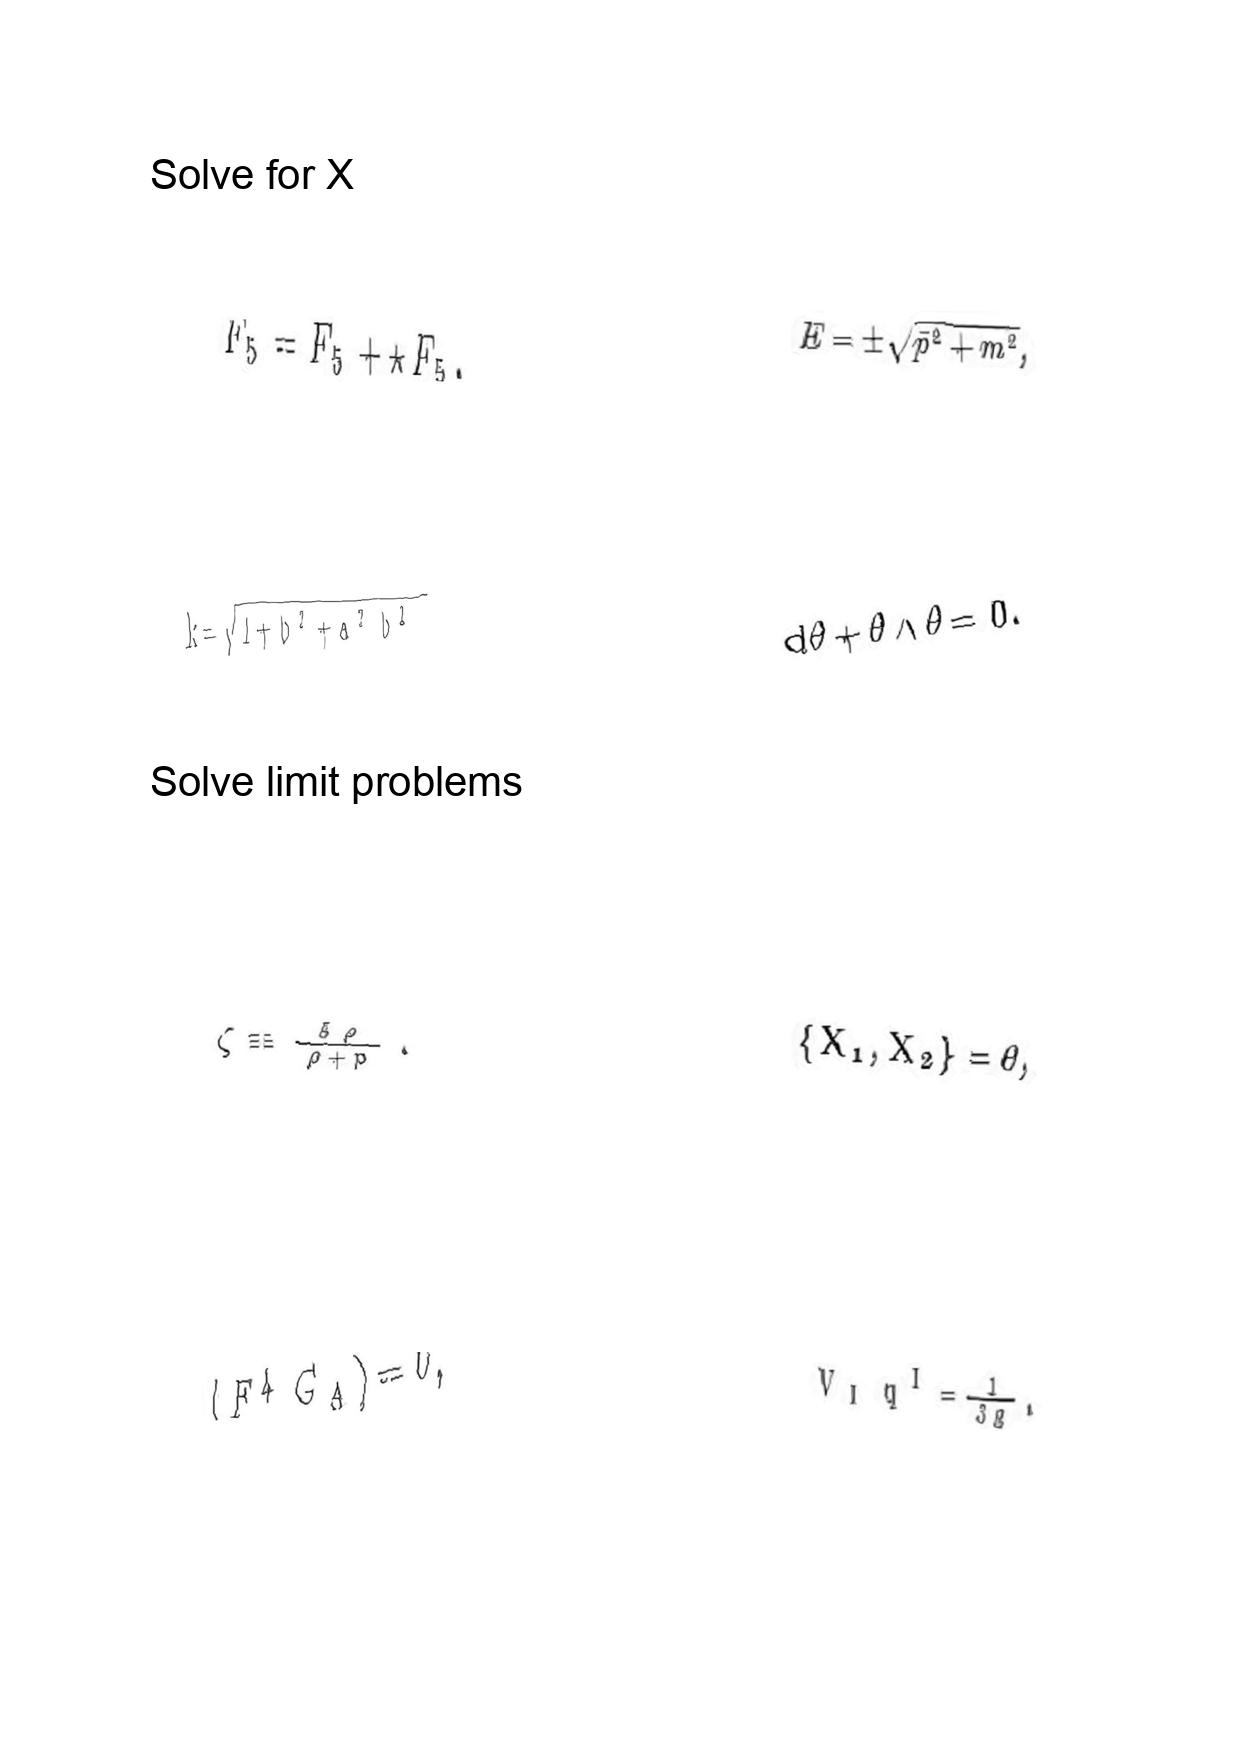
LaTeX transcription:
F _ { 5 } = F _ { 5 } + \star F _ { 5 } ,
k = \sqrt { 1 + b ^ { 2 } + a ^ { 2 } b ^ { 2 } }
\zeta \equiv \frac { \delta \rho } { \rho + p } .
\langle F ^ { 4 } G _ { A } \rangle = 0 ,
E = \pm \sqrt { \vec { p } ^ { 2 } + m ^ { 2 } } ,
d \theta + \theta \wedge \theta = 0 .
\lbrace X _ { 1 } , X _ { 2 } \rbrace = \theta ,
V _ { I } q ^ { I } = \frac { 1 } { 3 g } .